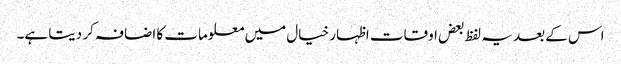
اس کے بعد یہ لفظ بعض اوقات اظہار خیال میں معلومات کا اضافہ کر دیتا ہے۔